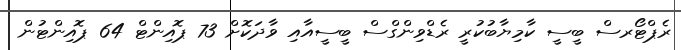
ރެޕްޓޯރސް ބީސީ ކާމިޔާބުކުރީ ރެޑްވިންގްސް ބީސީއާއި ވާދަކޮށް 73 ޕޮއިންޓް 64 ޕޮއިންޓުން